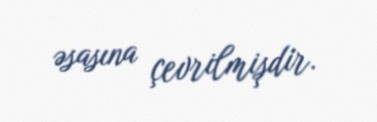
əsasına çevrilmişdir.